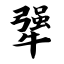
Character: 犟